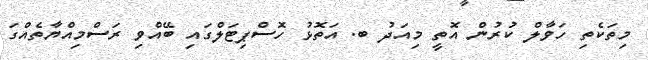
މިތަކެތި ހަވާލް ކުރުން އޮތީ މިއަދު ބ. އަތޮޅު ހޮސްޕިޓަލްގައި ބޭއްވި ރަސްމިއްޔާތެއްގަ